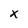
Character: x